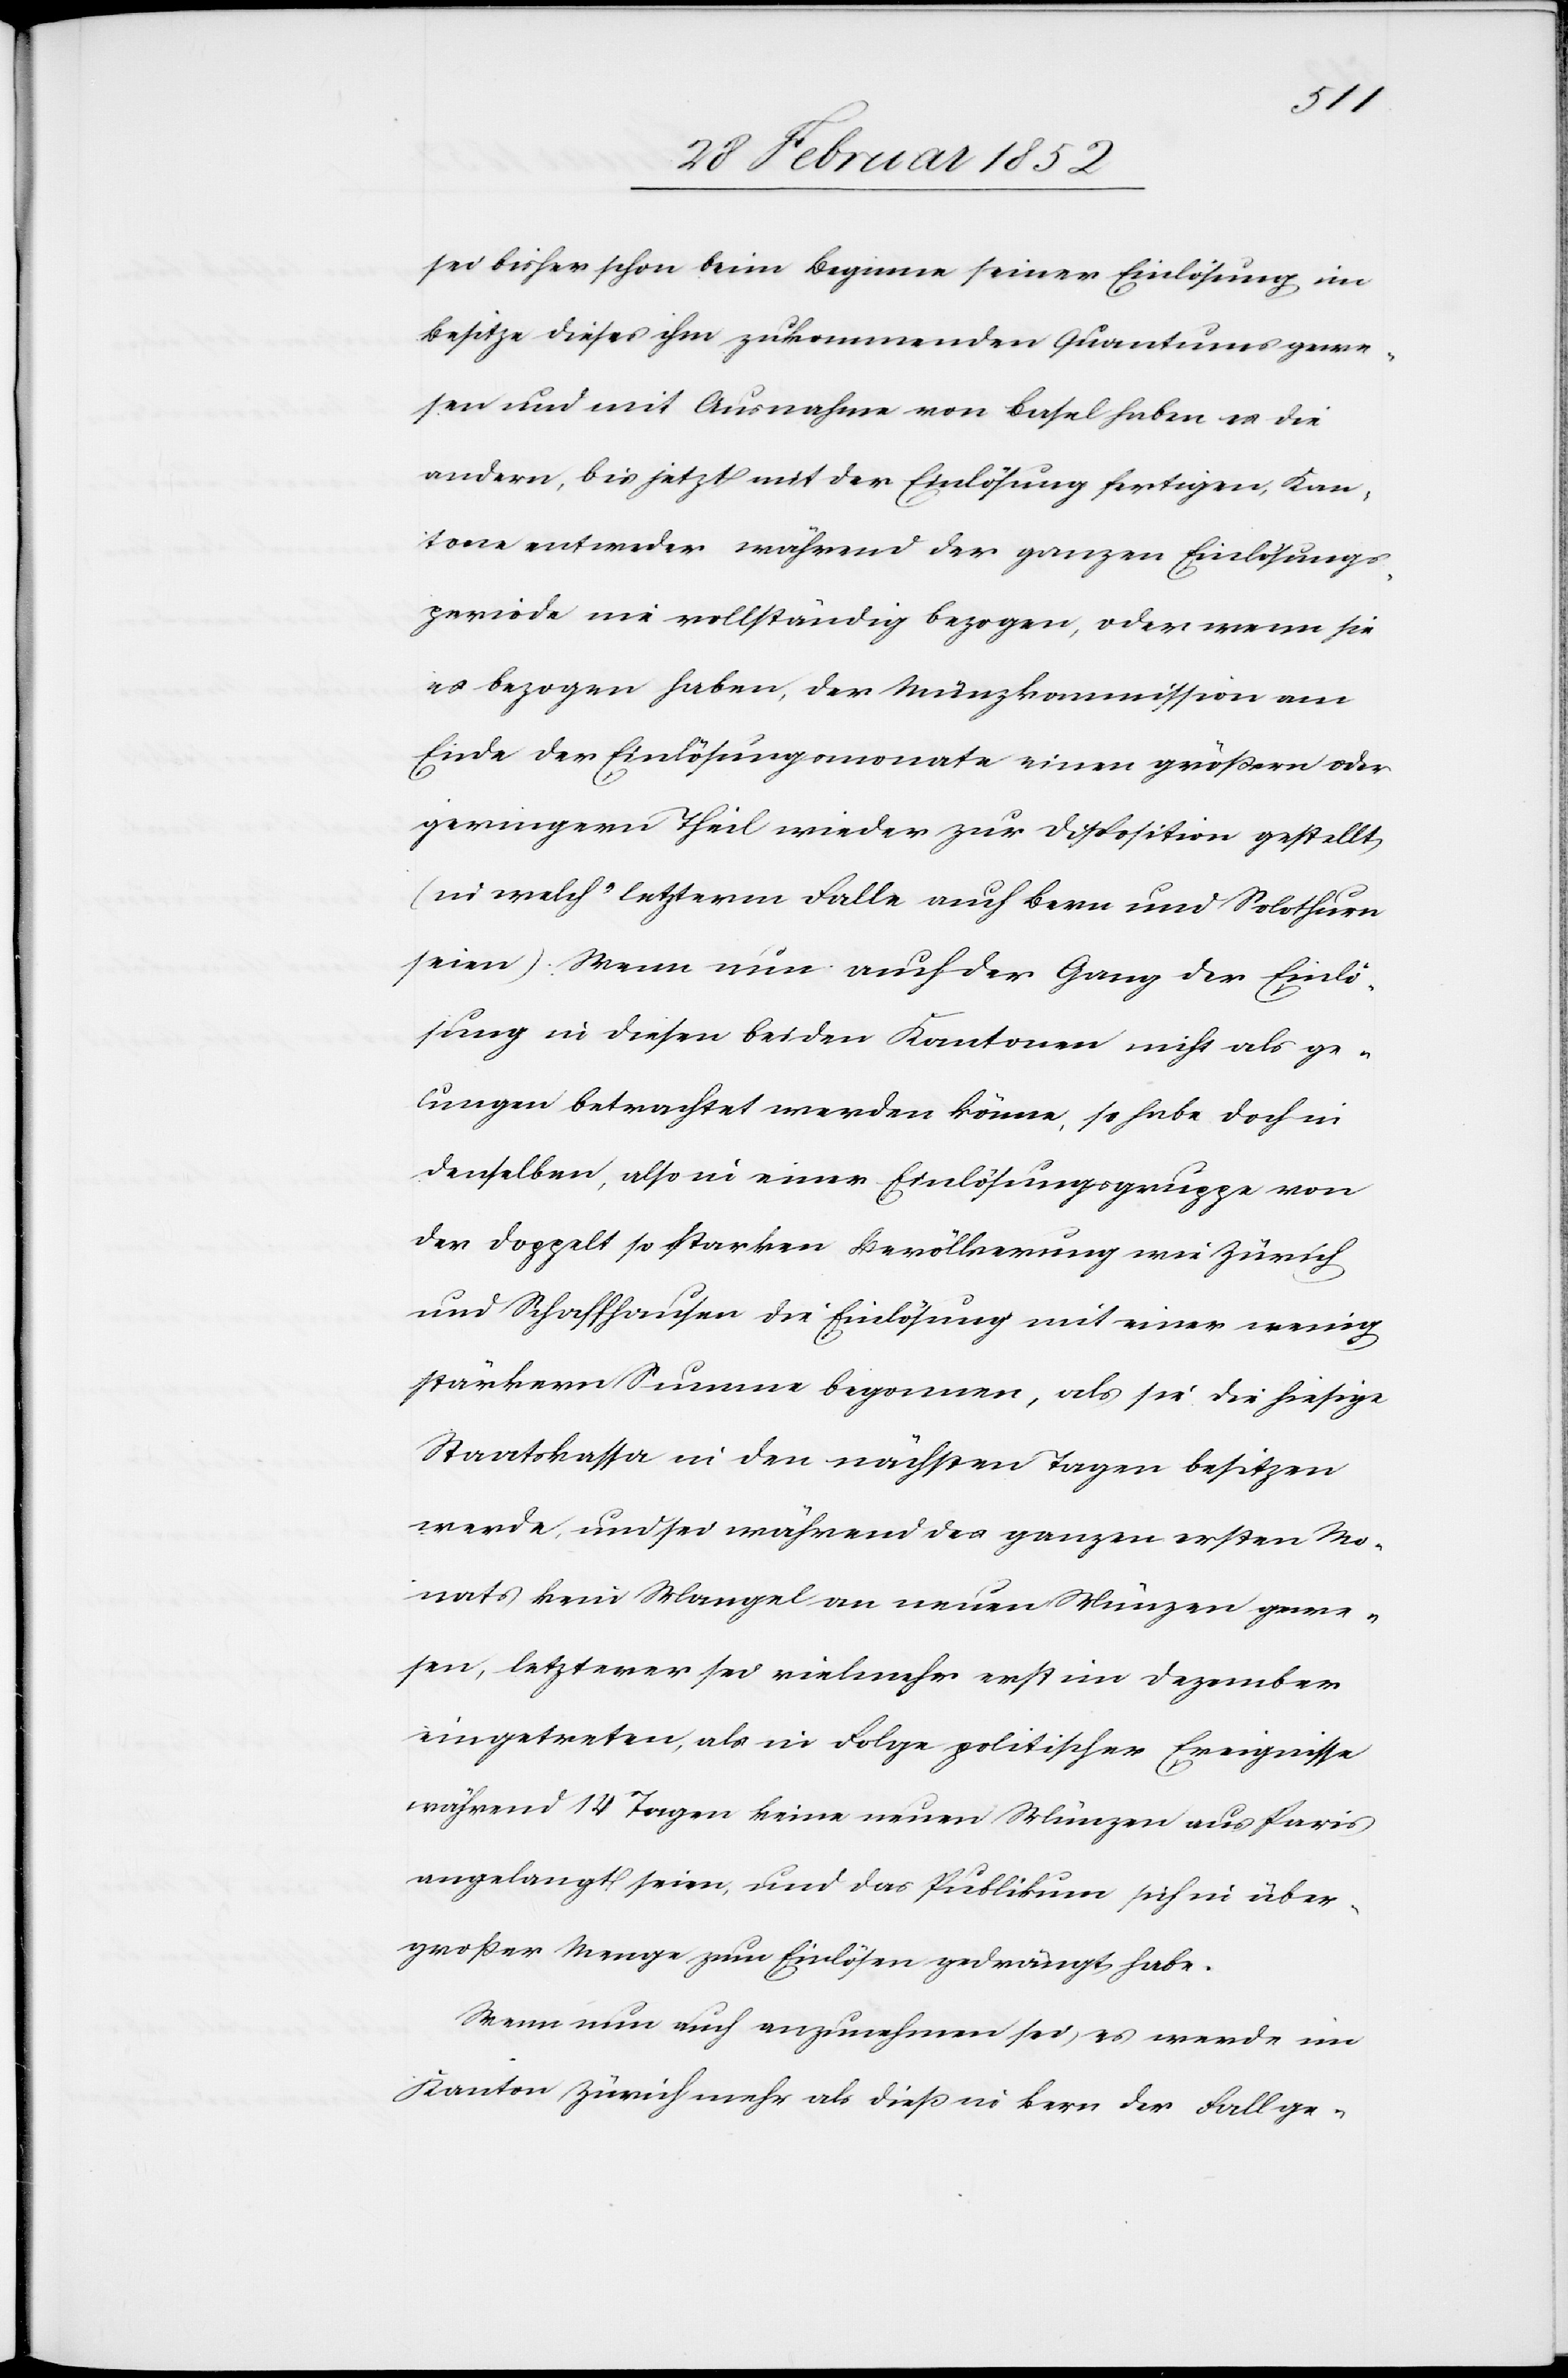
sei bisher schon beim Beginne seiner Einlösung im
Besitze dieses ihm zukommenden Quantums gewe¬
sen und mit Ausnahme von Basel haben es die
andern, bis jetzt mit der Einlösung fertigen, Kan¬
tone entweder während der ganzen Einlösungs¬
periode nie vollständig bezogen, oder wenn sie
es bezogen haben, der Münzkommission am
Ende der Einlösungsmonate einen größern oder
geringen Theil wieder zur Disposition gestellt
(in welch’ letzterm Falle auch Bern und Solothurn
seien). Wenn nun auch der Gang der Einlö¬
sung in diesen beiden Kantonen nicht als ge¬
lungen betrachtet werden könne, so habe doch in
denselben, also in einer Einlösungsgruppe von
der doppelt so starken Bevölkerung wie Zürich
und Schaffhausen die Einlösung mit einer wenig
stärkern Summe begonnen, als sie die hiesige
Staatskassa in den nächsten Tagen besitzen
werde, und sei während des ganzen ersten Mo¬
nats kein Mangel an neuen Münzen gewe¬
sen, letzterer sei vielmehr erst im Dezember
eingetreten, als in Folge politischer Ereignisse
während 14 Tagen keine neuen Münzen aus Paris
angelangt seien, und das Publikum sich in über¬
großer Menge zum Einlösung gedrängt haben.
Wenn nun auch anzunehmen sei, es werde im
Kanton Zürich mehr als dieß in Bern der Fall ge-